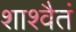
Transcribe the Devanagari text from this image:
शाश्वैतं